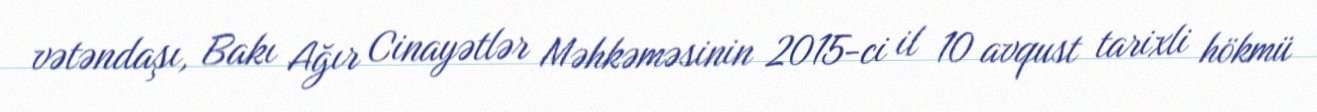
vətəndaşı, Bakı Ağır Cinayətlər Məhkəməsinin 2015-ci il 10 avqust tarixli hökmü